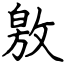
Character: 敫